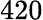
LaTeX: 420